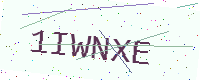
Text: 1IWNXE